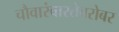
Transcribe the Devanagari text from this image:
चौवारंवारतेबरोबर